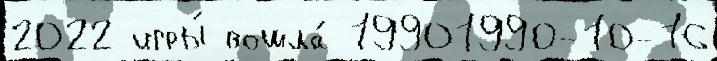
2022 игры́ вошла́ 19901990-10-16